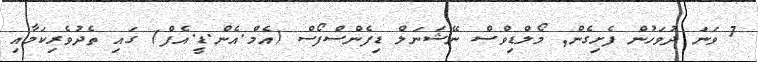
7 ވަނަ ދުވަހުން ފެށިގެން